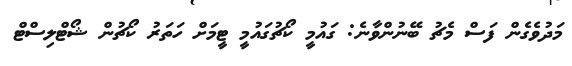
މަދުވެގެން ފަސް މެޗު ބޭނުންވާނެ: ގައުމީ ކޯޗުގައުމީ ޓީމަށް ހަތަރު ކޯޗުން ޝޯޓްލިސްޓް